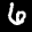
Label: 6